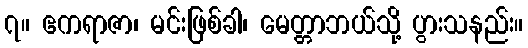
၇။ ဧကရာဇာ၊ မင်းဖြစ်ခါ၊ မေတ္တာဘယ်သို့ ပွားသနည်း။